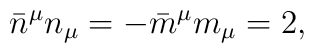
\bar{n}^{\mu} n_{\mu}=-\bar{m}^{\mu} m_{\mu}=2,